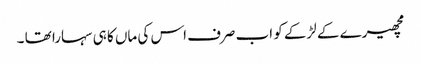
مچھیرے کے لڑکے کو اب صرف اس کی ماں کا ہی سہارا تھا ۔